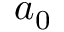
a _ { 0 }